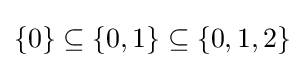
\{0\}\subseteq \{0,1\}\subseteq \{0,1,2\}